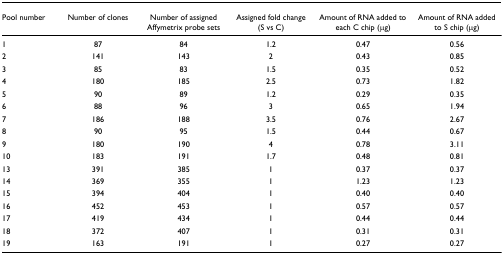
<table><thead><tr><td><b>Pool number</b></td><td><b>Number of clones</b></td><td><b>Number of assigned Affymetrix probe sets</b></td><td><b>Assigned fold change (S vs C)</b></td><td><b>Amount of RNA added to each C chip (μg)</b></td><td><b>Amount of RNA added to S chip (μg)</b></td></tr></thead><tbody><tr><td>1</td><td>87</td><td>84</td><td>1.2</td><td>0.47</td><td>0.56</td></tr><tr><td>2</td><td>141</td><td>143</td><td>2</td><td>0.43</td><td>0.85</td></tr><tr><td>3</td><td>85</td><td>83</td><td>1.5</td><td>0.35</td><td>0.52</td></tr><tr><td>4</td><td>180</td><td>185</td><td>2.5</td><td>0.73</td><td>1.82</td></tr><tr><td>5</td><td>90</td><td>89</td><td>1.2</td><td>0.29</td><td>0.35</td></tr><tr><td>6</td><td>88</td><td>96</td><td>3</td><td>0.65</td><td>1.94</td></tr><tr><td>7</td><td>186</td><td>188</td><td>3.5</td><td>0.76</td><td>2.67</td></tr><tr><td>8</td><td>90</td><td>95</td><td>1.5</td><td>0.44</td><td>0.67</td></tr><tr><td>9</td><td>180</td><td>190</td><td>4</td><td>0.78</td><td>3.11</td></tr><tr><td>10</td><td>183</td><td>191</td><td>1.7</td><td>0.48</td><td>0.81</td></tr><tr><td>13</td><td>391</td><td>385</td><td>1</td><td>0.37</td><td>0.37</td></tr><tr><td>14</td><td>369</td><td>355</td><td>1</td><td>1.23</td><td>1.23</td></tr><tr><td>15</td><td>394</td><td>404</td><td>1</td><td>0.40</td><td>0.40</td></tr><tr><td>16</td><td>452</td><td>453</td><td>1</td><td>0.57</td><td>0.57</td></tr><tr><td>17</td><td>419</td><td>434</td><td>1</td><td>0.44</td><td>0.44</td></tr><tr><td>18</td><td>372</td><td>407</td><td>1</td><td>0.31</td><td>0.31</td></tr><tr><td>19</td><td>163</td><td>191</td><td>1</td><td>0.27</td><td>0.27</td></tr></tbody></table>